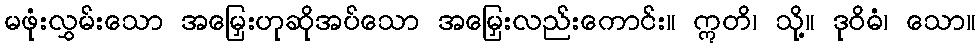
မဖုံးလွှမ်းသော အမြှေးဟုဆိုအပ်သော အမြှေးလည်းကောင်း။ ဣတိ၊ သို့။ ဒုဝိဓံ၊ သော။